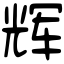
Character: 辉